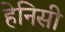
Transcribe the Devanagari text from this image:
हेनिसी